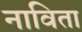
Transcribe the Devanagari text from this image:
नाविता